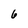
Character: 6